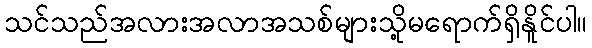
သင်သည်အလားအလာအသစ်များသို့မရောက်ရှိနိူင်ပါ။